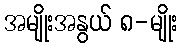
အမျိုးအနွယ် ၈-မျိုး